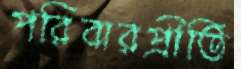
পরিবারপ্রীতি